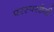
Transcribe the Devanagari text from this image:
परस्परछेदी